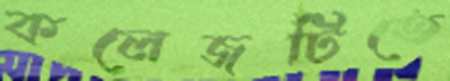
কলেজটিতে